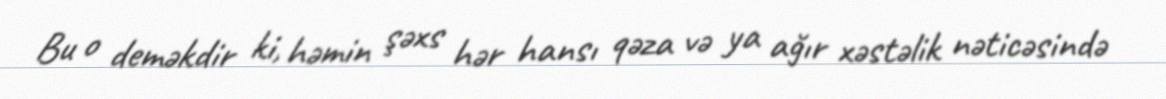
Bu o deməkdir ki, həmin şəxs hər hansı qəza və ya ağır xəstəlik nəticəsində